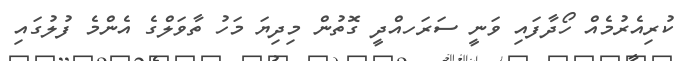
ކުރިއެރުމެއް ހޯދާފައި ވަނީ ސަރަހއްދީ ގޮތުން މިދިޔަ މަހު ތާވަލްގެ އެންމެ ފުލުގައި